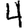
Digit: 4